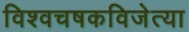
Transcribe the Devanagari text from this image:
विश्वचषकविजेत्या